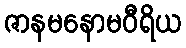
ဇာနမနောမဝီရိယ